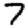
Digit: 7